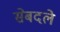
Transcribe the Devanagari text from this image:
सेबदले